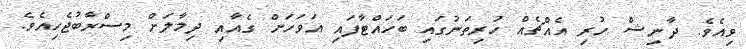
ވިއެވެ. ދާނިޝް ހުރި އެއްޗެއް ހުރިތަނުގައި ބަހައްޓާފައި އަވަހަށް ގެއާއި ދިމާލަށް މިސްރާބުޖެހިއެވެ.